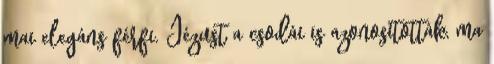
mai elegáns férfi. Jézust a csodái is azonosították, ma